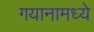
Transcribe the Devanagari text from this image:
गयानामध्ये